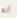
أنه